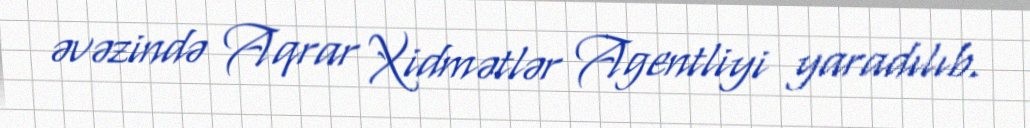
əvəzində Aqrar Xidmətlər Agentliyi yaradılıb.